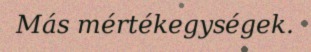
Más mértékegységek.